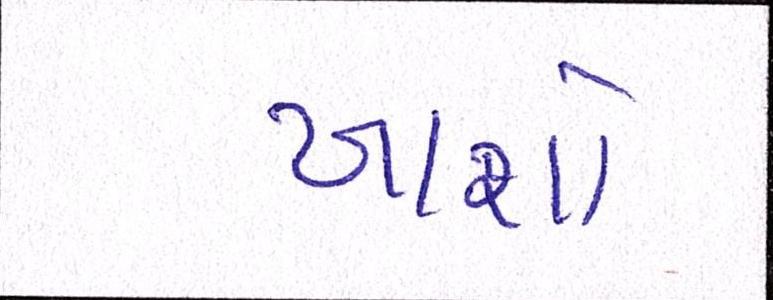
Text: ખાશો